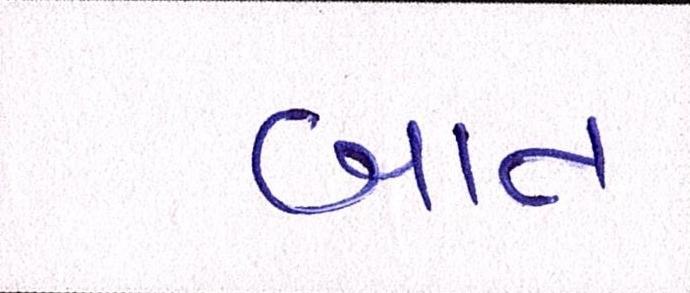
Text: બાત